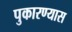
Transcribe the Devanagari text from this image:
पुकारण्यास